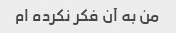
من به آن فکر نکرده ام